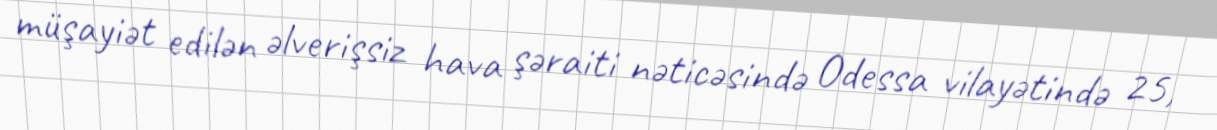
müşayiət edilən əlverişsiz hava şəraiti nəticəsində Odessa vilayətində 25,